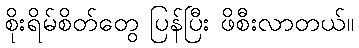
စိုးရိမ်စိတ်တွေ ပြန်ပြီး ဖိစီးလာတယ်။